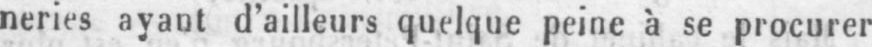
neries ayant d’ailleurs quelque peine à se procurer